Report on vaccination North-West Frontier Province 1904-1922 - 1904-1922
Year: 1904
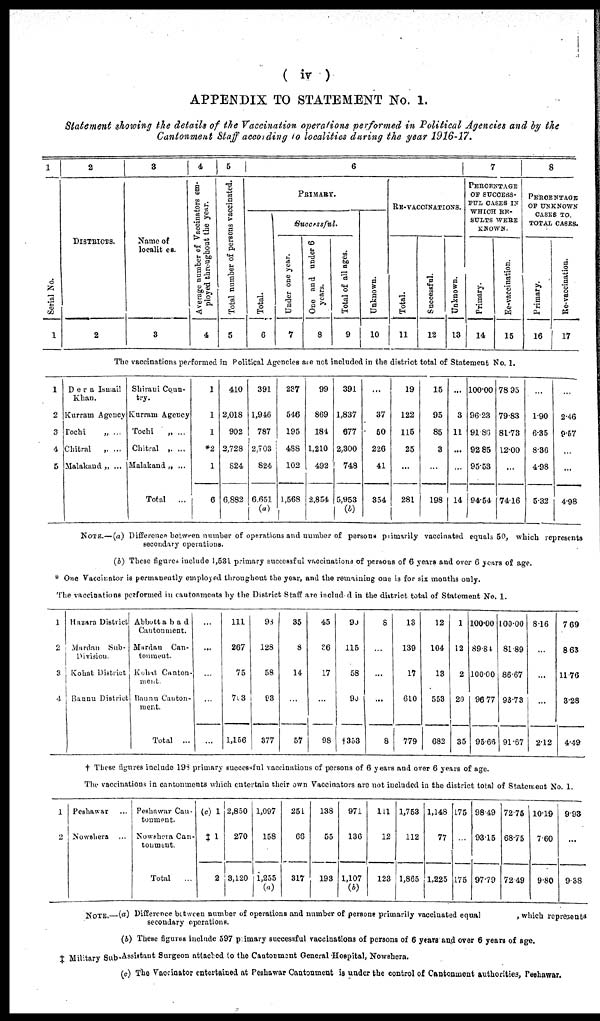
( iv )
APPENDIX TO STATEMENT No. I.
Statement showing the details of the Vaccination operations performed in Political Agencies and by the
Cantonment Staff according to localities during the year 1916-17.
1
Serial No.
1
2
DISTRICTS.
2
3
Name of
localities.
3
4
Average number of Vaccinators em-
ployed throughout the year.
4
5
Total number of persons vaccinated.
5
6
PRIMARY.
Total.
6
Successful.
Under one year.
7
One and under 6
years.
8
Total of all ages.
9
Unknown.
10
RE-VACCINATIONS.
Total.
11
Successful.
12
Unknown.
13
7
PERCENTAGE
OF SUCCESS-
FUL CASES IN
WHICH RE-
SULTS WERE
KNOWN.
Primary.
14
Re-vaccination.
15
8
PERCENTAGE
OF UNKNOWN
CASES TO
TOTAL CASES.
Primary.
16
Re-vaccination.
17
The vaccinations performed in Political Agencies are not included in the district total of Statement No. 1.
1
2
3
4
5
Dera Ismail
Khan.
Kurram Agency
Tochi
„ ...
Chitral „ ...
Malakand „ ...
Shirani Coun-
try
Kurram Agency
Tochi
„ ...
Chitral „ ...
Malakand „ ...
Total
...
1
1
1
*2
1
6
410
2,018
902
2,728
824
6,882
391
1,946
787
2,703
824
6,651
(a)
237
546
195
488
102
1,568
99
869
184
1,210
492
2,854
391
1,837
677
2,300
748
5,953
(b)
...
37
50
226
41
354
19
122
115
25
...
281
15
95
85
3
...
198
...
3
11
...
...
14
100.00
96.23
91.86
92.85
95.53
94.54
78.95
79.83
81.73
12.00
...
74.16
...
1.90
6.35
8.36
4.98
5.32
...
2.46
9.57
...
...
4.98
NOTE.— (a) Difference between number of operations and number of persons primarily vaccinated equals 50, which represents
secondary operations.
(b) These figure, include 1,531 primary successful vaccinations of persons of 6 years and over 6 years of age.
One Vaccinator is permanently employed throughout the year, and the remaining one is for six months only.
The vaccinations performed in cantonments by the District Staff are included in the district total of Statement No. 1.
1
2
3
4
Hazara District
Mardan Sub-
Division.
Kohat District
Bannu District
Abbottabad
Cantonment.
Mardan Can-
tonment.
Kohat Canton-
ment
Bannu
Canton-
ment.
Total
...
...
...
...
...
...
111
267
75
703
1,156
93
128
58
93
377
35
8
14
...
57
45
36
17
...
98
90
115
58
90
†353
8
...
...
...
8
13
139
17
610
779
12
104
13
553
682
1
12
2
20
35
100.00
89.84
100.00
96.77
95.66
100.00
81.89
86.67
93.73
91.67
8.16
...
...
...
2.12
7.69
8.63
11.76
3.28
4.49
† These figures include 198 primary successful vaccinations of persons of 6 years and over 6 years of age.
The vaccinations in cantonments which entertain their own Vaccinators are not included in the district total of Statement No. 1.
1
2
Peshawar
Nowshera ...
Peshawar Can-
tonment.
Nowshera Can-
tonment.
Total ...
(c) 1
‡ 1
2
2,850
270
3,120
1,097
158
1,255
(a)
251
66
317
138
55
193
971
136
1,107
(b)
111
12
123
1,753
112
1,865
1,148
77
1,225
175
...
175
98.49
93.15
97.79
72.75
68.75
72.49
10.19
7.60
9.80
9.93
...
9.38
NOTE.—(a) Difference between number of operations and number of persons primarily vaccinated equal
which represents
secondary operations.
(b) These figures include 597 primary successful vaccinations of persons of 6 years and over 6 years of age.
† Military Sub-Assistant Surgeon attached to the Cantonment General Hospital, Nowshera.
(c) The Vaccinator entertained at Peshawar Cantonment is under the control of Cantonment authorities, Peshawar.